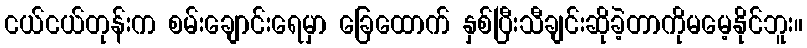
ငယ်ငယ်တုန်းက စမ်းချောင်းရေမှာ ခြေထောက် နှစ်ပြီးသီချင်းဆိုခဲ့တာကိုမမေ့နိုင်ဘူး။